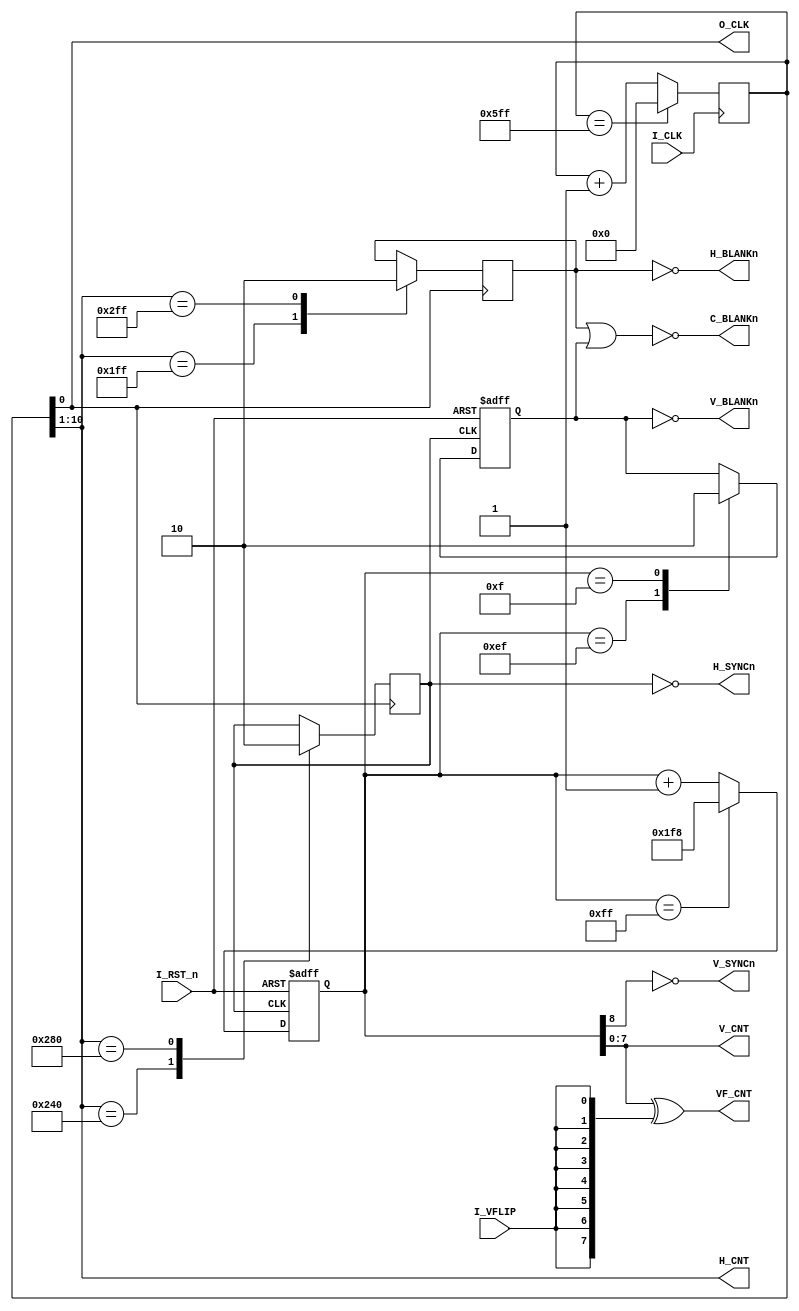
//===============================================================================
// FPGA DONKEY KONG  H&V COUNTER
//
// Version : 2.00
//
// Copyright(c) 2003 - 2004 Katsumi Degawa , All rights reserved
//
// Important !
//
// This program is freeware for non-commercial use. 
// An author does no guarantee about this program.
// You can use this under your own risk.
//
// 2005- 2- 9 	some changed.
//================================================================================
//-----------------------------------------------------------------------------------------
// H_CNT[0],H_CNT[1],H_CNT[2],H_CNT[3],H_CNT[4],H_CNT[5],H_CNT[6],H_CNT[7],H_CNT[8],H_CNT[9]  
//   1/2 H     1 H     2 H      4H       8H       16 H     32H      64 H     128 H   256 H
//-----------------------------------------------------------------------------------------
// V_CNT[0], V_CNT[1], V_CNT[2], V_CNT[3], V_CNT[4], V_CNT[5], V_CNT[6], V_CNT[7]  
//    1 V      2 V       4 V       8 V       16 V      32 V      64 V     128 V 
//-----------------------------------------------------------------------------------------
// VF_CNT[0],VF_CNT[1],VF_CNT[2],VF_CNT[3],VF_CNT[4],VF_CNT[5],VF_CNT[6],VF_CNT[7]  
//    1 VF     2 VF      4 VF      8 VF      16 VF     32 VF     64 VF    128 VF 

module dkong3_hv_count
(
   input        I_CLK, // 24.576MHz
   input        I_RST_n,
   input        I_VFLIP,

   output       O_CLK,
   output  [9:0]H_CNT,
   output  [7:0]V_CNT,
   output  [7:0]VF_CNT,
   output       H_BLANKn,
   output       V_BLANKn,
   output       C_BLANKn,
   output       H_SYNCn,
   output       V_SYNCn
);

parameter H_count = 1536;
parameter H_BL_P  = 511;
parameter H_BL_W  = 767;
parameter V_CL_P  = 576;
parameter V_CL_W  = 640;

parameter V_BL_P  = 239;
parameter V_BL_W  = 15;

reg    [10:0]H_CNT_r = 0;
always@(posedge I_CLK)
begin
   H_CNT_r <= (H_CNT_r == H_count-1)? 0 : H_CNT_r+1 ;
end

assign H_CNT[9:0] = H_CNT_r[10:1];
assign O_CLK      = H_CNT_r[0]   ; 

reg    V_CLK = 1'b0;
reg    H_BLANK = 1'b0;
always@(posedge O_CLK)
begin
  case(H_CNT[9:0])
    H_BL_P: H_BLANK <= 1;
    V_CL_P: V_CLK   <= 1;
    H_BL_W: H_BLANK <= 0;
    V_CL_W: V_CLK   <= 0;
    default:;
  endcase
end

assign H_SYNCn  = ~V_CLK;
assign H_BLANKn = ~H_BLANK;

reg    [8:0]V_CNT_r;
always@(posedge V_CLK or negedge I_RST_n)
begin
   if(I_RST_n == 1'b0)
      V_CNT_r <= 0 ;
   else
      V_CNT_r <= (V_CNT_r == 255)? 504 : V_CNT_r+1 ;
end

reg    V_BLANK;
always@(posedge V_CLK or negedge I_RST_n)
begin
   if(I_RST_n == 1'b0)begin
      V_BLANK <= 0 ;
   end
   else begin
      case(V_CNT_r[8:0])
         V_BL_P: V_BLANK <= 1;
         V_BL_W: V_BLANK <= 0;
        default:;
      endcase
   end
end

assign V_CNT[7:0]  = V_CNT_r[7:0];
assign V_SYNCn     = ~V_CNT_r[8];
assign V_BLANKn    = ~V_BLANK;
assign C_BLANKn    = ~(H_BLANK | V_BLANK);
assign VF_CNT[7:0] = V_CNT ^ {8{I_VFLIP}};
 
endmodule